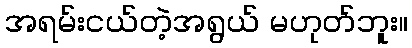
အရမ်းငယ်တဲ့အရွယ် မဟုတ်ဘူး။